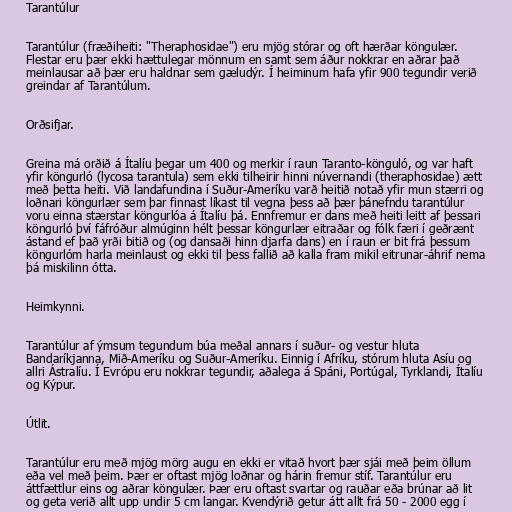
Tarantúlur

Tarantúlur (fræðiheiti: "Theraphosidae") eru mjög stórar og oft hærðar köngulær.
Flestar eru þær ekki hættulegar mönnum en samt sem áður nokkrar en aðrar það
meinlausar að þær eru haldnar sem gæludýr. Í heiminum hafa yfir 900 tegundir verið
greindar af Tarantúlum.

Orðsifjar.

Greina má orðið á Ítalíu þegar um 400 og merkir í raun Taranto-könguló, og var haft
yfir köngurló (lycosa tarantula) sem ekki tilheirir hinni núvernandi (theraphosidae) ætt
með þetta heiti. Við landafundina í Suður-Ameríku varð heitið notað yfir mun stærri og
loðnari köngurlær sem þar finnast líkast til vegna þess að þær þánefndu tarantúlur
voru einna stærstar köngurlóa á Ítalíu þá. Ennfremur er dans með heiti leitt af þessari
köngurló því fáfróður almúginn hélt þessar köngurlær eitraðar og fólk færi í geðrænt
ástand ef það yrði bitið og (og dansaði hinn djarfa dans) en í raun er bit frá þessum
köngurlóm harla meinlaust og ekki til þess fallið að kalla fram mikil eitrunar-áhrif nema
þá miskilinn ótta.

Heimkynni.

Tarantúlur af ýmsum tegundum búa meðal annars í suður- og vestur hluta
Bandaríkjanna, Mið-Ameríku og Suður-Ameríku. Einnig í Afríku, stórum hluta Asíu og
allri Ástralíu. Í Evrópu eru nokkrar tegundir, aðalega á Spáni, Portúgal, Tyrklandi, Ítalíu
og Kýpur.

Útlit.

Tarantúlur eru með mjög mörg augu en ekki er vitað hvort þær sjái með þeim öllum
eða vel með þeim. Þær er oftast mjög loðnar og hárin fremur stíf. Tarantúlur eru
áttfættlur eins og aðrar köngulær. Þær eru oftast svartar og rauðar eða brúnar að lit
og geta verið allt upp undir 5 cm langar. Kvendýrið getur átt allt frá 50 - 2000 egg í